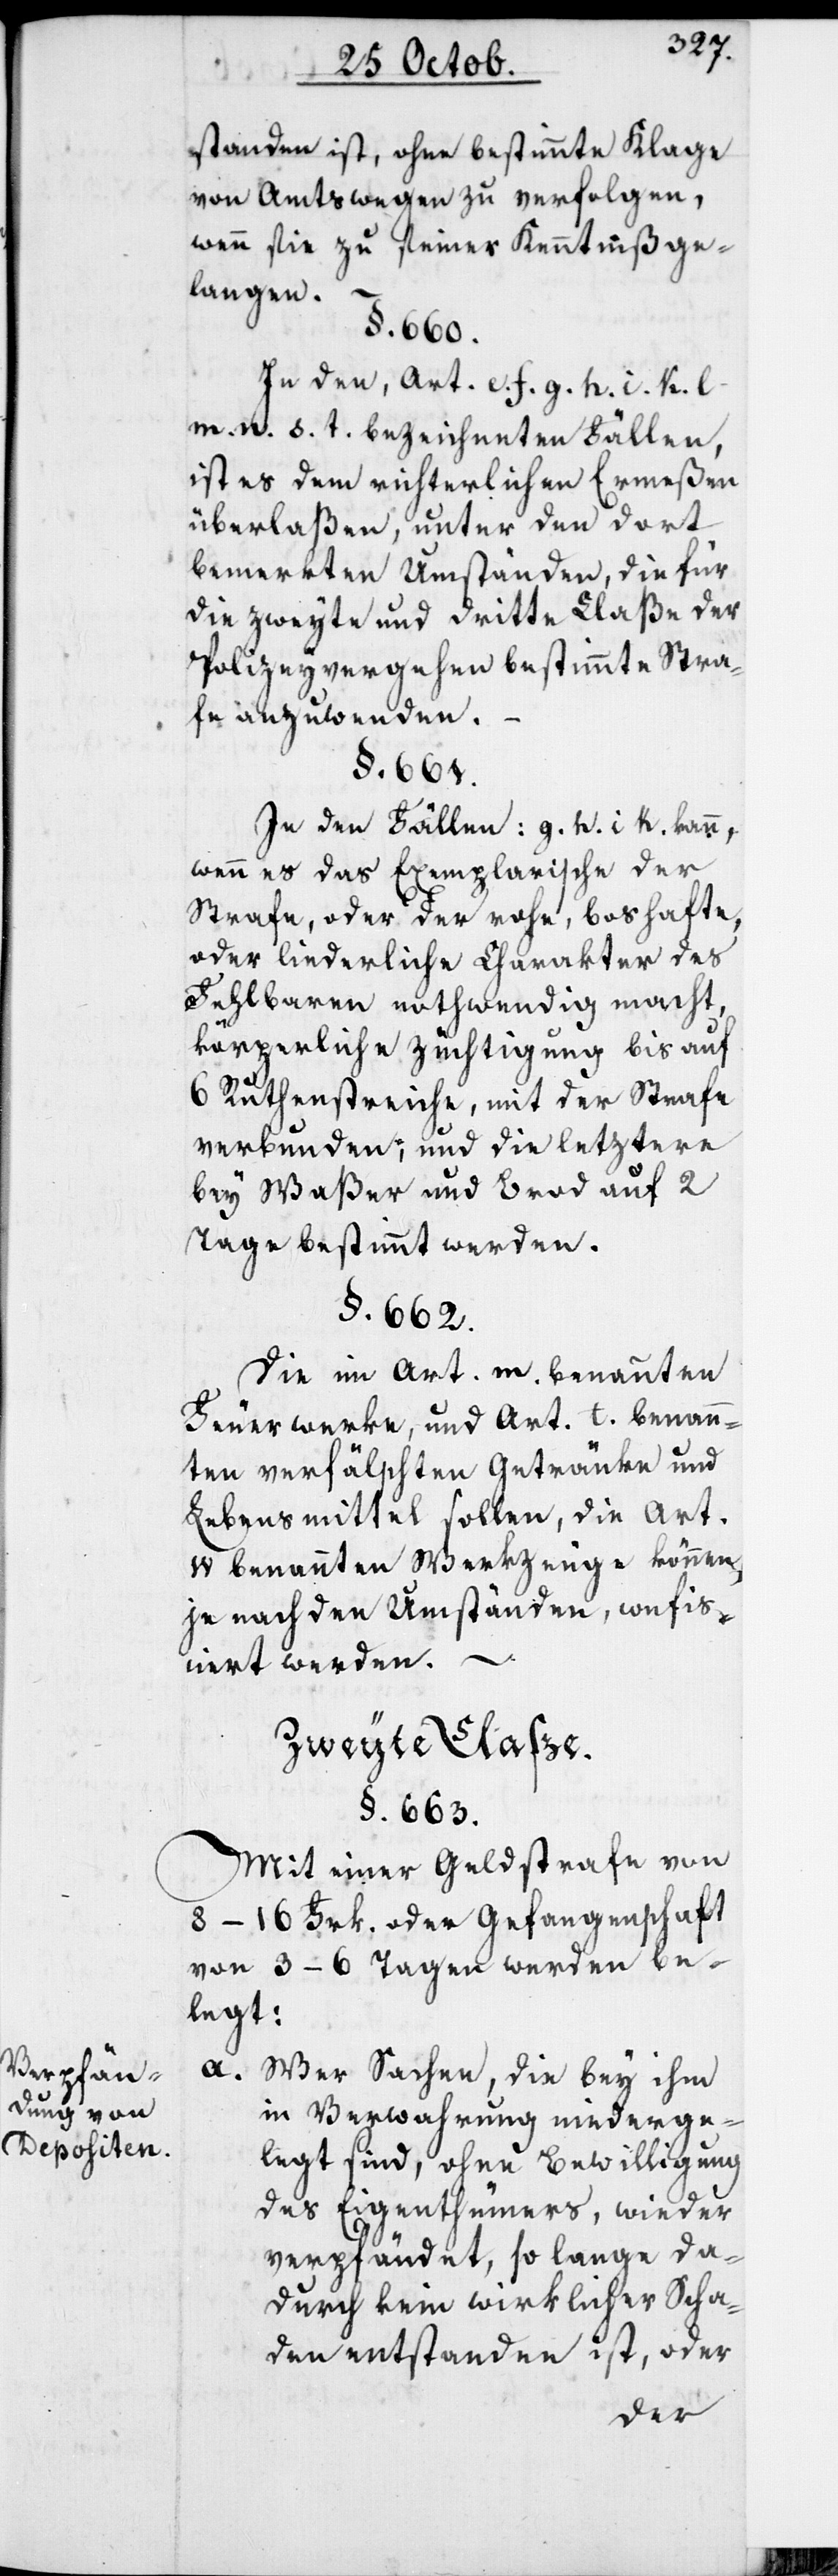
Verpfän¬
dung von
Depositen.

entstanden ist, ohne bestimmte Klage
von Amtswegen zu verfolgen,
wenn sie zu seiner Kenntniß ge¬
langen.
§. 660.
In den, Art. e. f. g. h. i. k. l.
m. n. s. t. bezeichneten Fällen,
ist es dem richterlichen Ermeßen
überlaßen, unter den dort
bemerkten Umständen, die für
die zweyte und dritte Claße der
Polizeyvergehen bestimmte Stra¬
fe anzuwenden. –
§. 661.
In den Fällen: g. h. i. k. kann,
wenn es das Exemplarische der
Strafe, oder der rohe, boshafte
oder liederliche Charakter des
Fehlbaren nothwendig macht,
körperliche Züchtigung bis auf
6 Ruthenstreiche, mit der Strafe
verbunden; und die letztere
bey Waßer und Brod auf 2
Tage bestimmt werden.
§. 662.
Die in Art. m benannten
Feuerwerke, und Art. t benann¬
ten verfälschten Getränke und
Lebensmittel sollen, die Art.
w. benannten Werkzeuge können,
je nach den Umständen, confis¬
ciert werden. –
Zweyte Claße.
§. 663.
Mit einer Geldstrafe von
8–16 Frk. oder Gefangenschaft
von 3–6 Tage werden be¬
legt:
a. Wer Sachen, die bey ihm
in Verwahrung niederge¬
legt sind, ohne Bewilligung
des Eigenthümers, wieder
verpfändet, so lange da¬
durch kein wirklicher Scha¬
den entstanden ist, oder